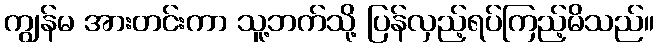
ကျွန်မ အားတင်းကာ သူ့ဘက်သို့ ပြန်လှည့်ရပ်ကြည့်မိသည်။